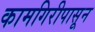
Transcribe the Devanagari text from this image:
कामगिरीपासून